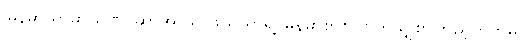
မြန်မာ ရာမာယဏ၊ ဆာအာသာဖယ်ယာရဲ့ မြန်မာစာစု၊ ဗြိတိသျှစာကြည့်တိုက်မှ